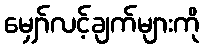
မျှော်လင့်ချက်များကို